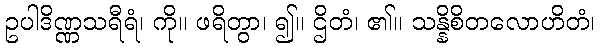
ဥပါဒိဏ္ဏသရီရံ၊ ကို။ ဖရိတွာ၊ ၍။ ဌိတံ၊ ၏။ သန္နိစိတလောဟိတံ၊